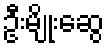
ဦးမျိုးဆွေ